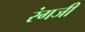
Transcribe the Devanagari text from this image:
रंगजी